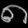
Digit: ၈